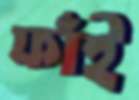
ফাঁই